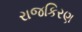
રાજકિરણ